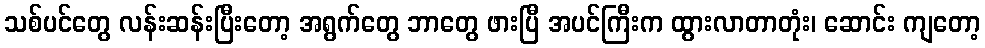
သစ်ပင်တွေ လန်းဆန်းပြီးတော့ အရွက်တွေ ဘာတွေ ဖားပြီ အပင်ကြီးက ထွားလာတာတုံး၊ ဆောင်း ကျတော့